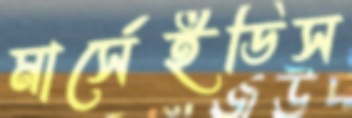
মার্সেইডিস